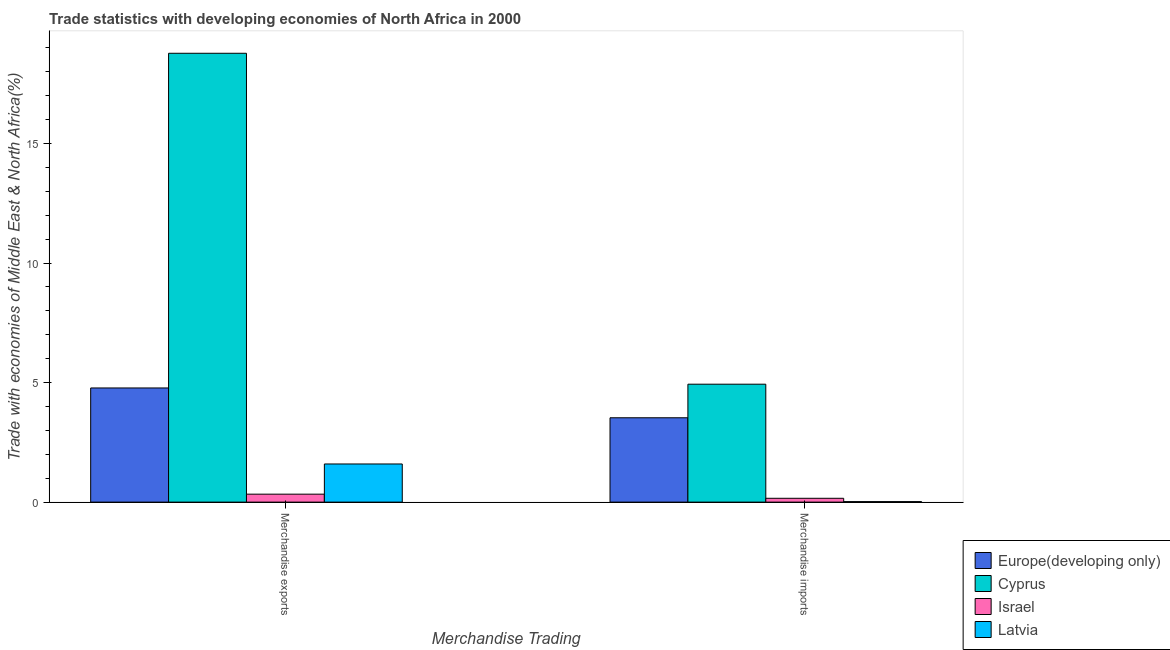
| Merchandise Trading | Europe(developing only) | Cyprus | Israel | Latvia |
 | --- | --- | --- | --- | --- |
 | Merchandise exports | 4.78 | 18.8 | 0.333 | 1.6 |
 | Merchandise imports | 3.53 | 4.93 | 0.16 | 0.0211 |